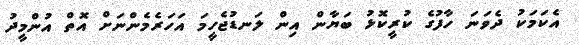
އެކަމަކު ދެވަނަ ހާފުގެ ކުރީކޮޅު ބަޔާން އިން ލަނޑުޖެހީމަ އަހަރެމެންނަށް އޮތް އުންމީދު